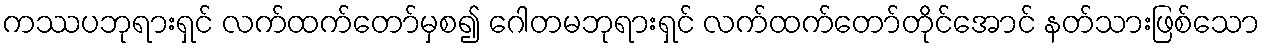
ကဿပဘုရားရှင် လက်ထက်တော်မှစ၍ ဂေါတမဘုရားရှင် လက်ထက်တော်တိုင်အောင် နတ်သားဖြစ်သော